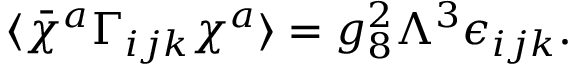
\langle \bar { \chi } ^ { a } \Gamma _ { i j k } \chi ^ { a } \rangle = g _ { 8 } ^ { 2 } \Lambda ^ { 3 } \epsilon _ { i j k } .